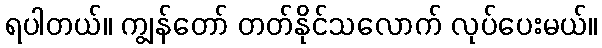
ရပါတယ်။ ကျွန်တော် တတ်နိုင်သလောက် လုပ်ပေးမယ်။